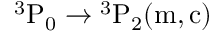
\mathrm { { } ^ { 3 } P _ { 0 } \rightarrow { } ^ { 3 } P _ { 2 } ( m , c ) }